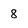
Character: 8